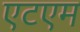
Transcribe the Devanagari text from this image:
एटएम